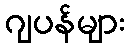
ဂျပန်များ